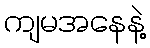
ကျမအနေနဲ့